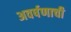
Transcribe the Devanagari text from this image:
अवर्षणाची